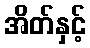
အိတ်နှင့်